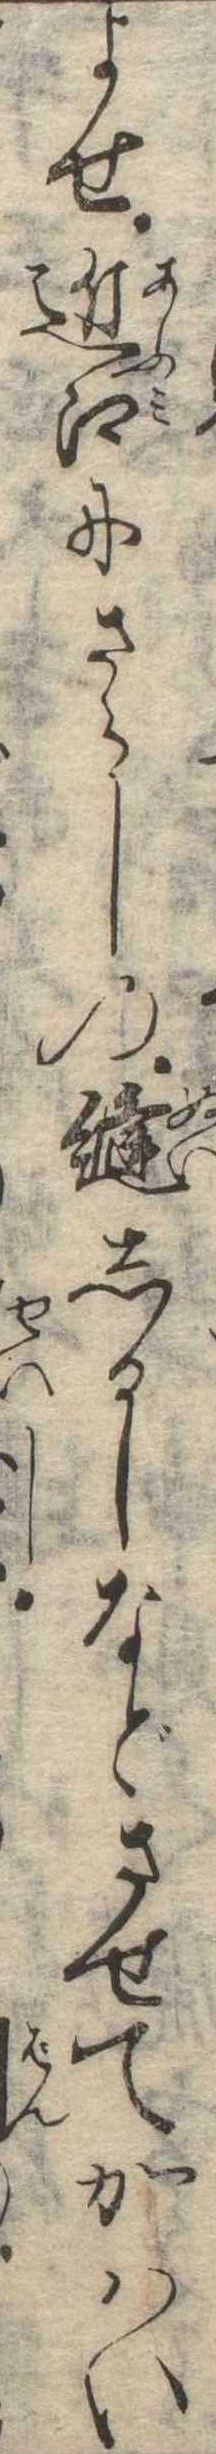
よせ近江にさらしの縫しるしなどさせてかはい